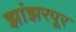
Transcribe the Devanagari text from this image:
झांझरपूर